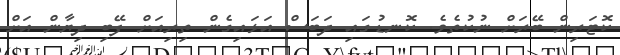
ކޮޓަރިން ބޭރަށް ނުކުތެވެ. ކޮނޑުގައި ދަބަސް އަޅައިގެން ތިރިއަށް ފޭބި ދިޔާން އަށް